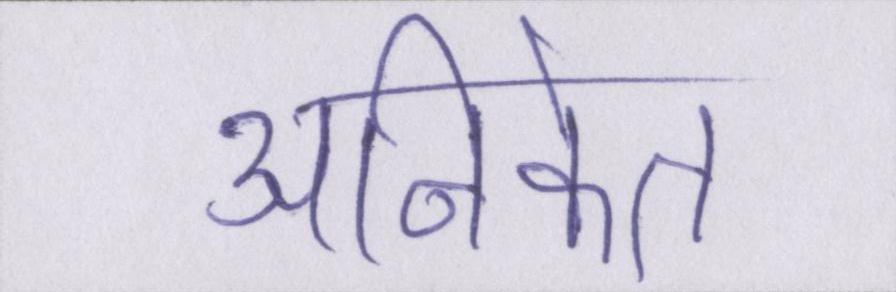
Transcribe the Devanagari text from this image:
अनिकेत